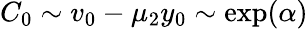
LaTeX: C_{0}\sim v_{0}-\mu_{2}y_{0}\sim\exp(\alpha)